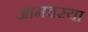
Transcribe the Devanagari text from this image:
आमवस्या